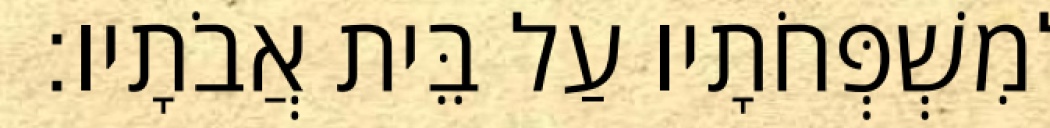
לְמִשְׁפְּחֹתָיו עַל בֵּית אֲבֹתָיו׃